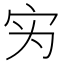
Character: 𰌷